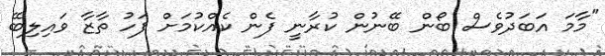
"މާމަ އަބަދުވެސް ބޯން ބޭނުން ކުރާނީ ފެން ކެއްކުމަށް ފަހު ތާޒާ ވައިލިބޭ